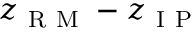
z _ { \mathrm { ~ R ~ M ~ } } - z _ { \mathrm { ~ I ~ P ~ } }